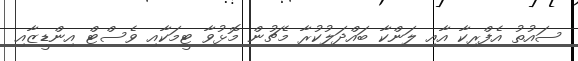
ސައުތު އެފްރިކާ އާއި ލަންކާ ބައްދަލުކުރާ މެޗުން މޮޅުވާ ޓީމަކާއި ވެސްޓް އިންޑީޒާއި